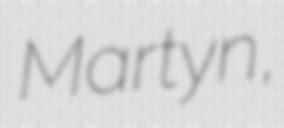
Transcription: Martyn,